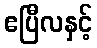
ဧပြီလနှင့်